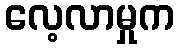
လေ့လာမှုက